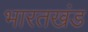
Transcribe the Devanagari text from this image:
भारतखंड